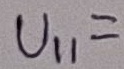
Text: U11=